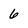
Character: 6